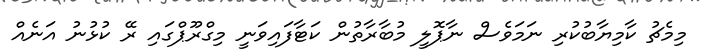
މިމެޗު ކާމިޔާބުކުރި ނަމަވެސް ނާޕޮލީ މުބާރާތުން ކަޓާފައިވަނީ މިގްރޫޕްގައި ރޭ ކުޅުނު އަނެއް